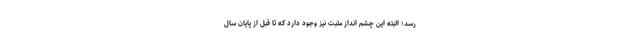
رسد؛ البته این چشم انداز مثبت نیز وجود دارد که تا قبل از پایان سال